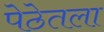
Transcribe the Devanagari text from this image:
पेठेतला